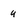
Character: q